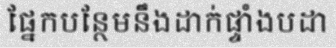
ផ្នែកបន្ថែមនឹងដាក់ផ្ទាំងបដា